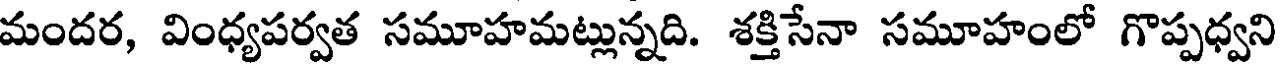
మందర, వింధ్యపర్వత సమూహమట్లున్నది. శక్తిసేనా సమూహంలో గొప్పధ్వని